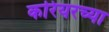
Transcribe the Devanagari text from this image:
करियरच्या